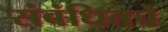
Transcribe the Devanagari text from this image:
संबंधितचे